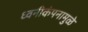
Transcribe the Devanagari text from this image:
ध्वनीकंपनामुळे